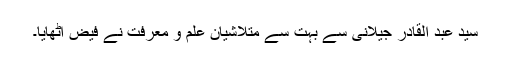
سید عبد القادر جیلانی سے بہت سے متلاشیان علم و معرفت نے فیض اٹھایا۔